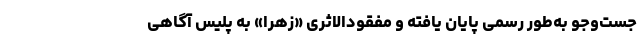
جست‌وجو به‌طور رسمی پایان یافته و مفقودالاثری «زهرا» به پلیس آگاهی